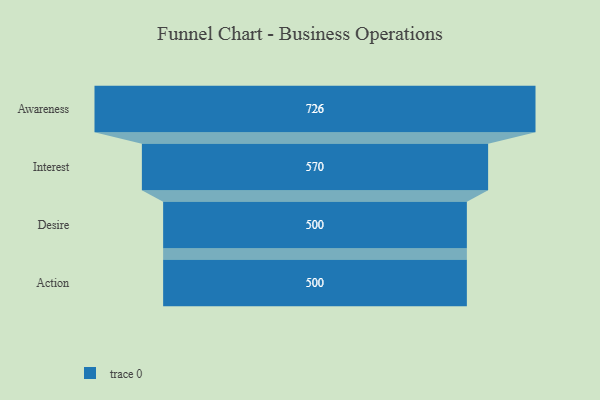
{"axis": {"x": "Stage", "y": "Value"}, "legend": [""], "data": [{"x": "Awareness", "y": 726.0, "type": ""}, {"x": "Interest", "y": 570.0, "type": ""}, {"x": "Desire", "y": 500, "type": ""}, {"x": "Action", "y": 500, "type": ""}]}